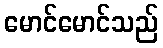
မောင်မောင်သည်